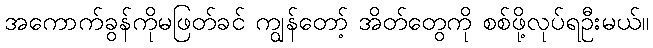
အကောက်ခွန်ကိုမဖြတ်ခင် ကျွန်တော့် အိတ်တွေကို စစ်ဖို့လုပ်ရဦးမယ်။